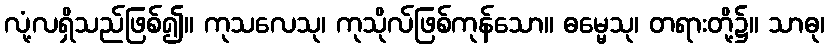
လုံ့လရှိသည်ဖြစ်၍။ ကုသလေသု၊ ကုသိုလ်ဖြစ်ကုန်သော။ ဓမ္မေသု၊ တရားတို့၌။ သာဓု၊